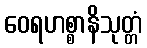
ဝေရဟစ္စာနိသုတ္တံ